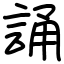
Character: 誦